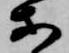
等